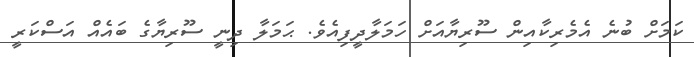
ކަމަށް ބުނެ އެމެރިކާއިން ސޫރިޔާއަށް ހަމަލާދީފިއެވެ. ޙަމަލާ ދިނީ ސޫރިޔާގެ ބައެއް އަސްކަރީ